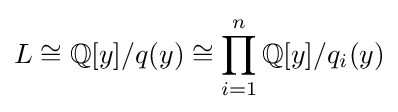
L\cong \mathbb {Q} [y]/q(y)\cong \prod _{i=1}^{n}\mathbb {Q} [y]/q_{i}(y)